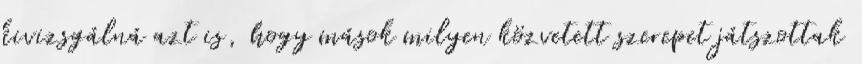
kivizsgálná azt is, hogy mások milyen közvetett szerepet játszottak